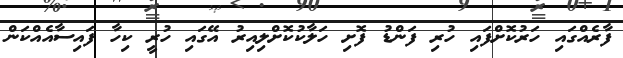
ފާރެއްގައި ހަރުކޮށްފައި ހުރި ފަންޑު ފޮށި ހަލާކުކޮށްލިއިރު އޭގައި ހުރީ ކިހާ ފައިސާއެއްކަން